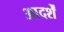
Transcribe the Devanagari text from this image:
आदर्शें